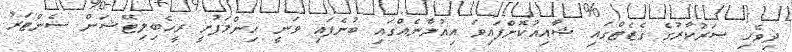
ދިވެހި ސަރުކާރުގެ ގެޒެޓްގައި ޝާއިއުކޮށްފައިވަ އިއުލާނެއްގައި ބުނެފައި ވަނީ ހިންމަފުށީ ރީހެބިލިޓޭޝަން ސެންޓަރު